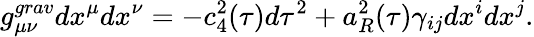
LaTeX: g_{\mu\nu}^{grav}dx^{\mu}dx^{\nu}=-c_{4}^{2}(\tau)d\tau^{2}+a_{R}^{2}(\tau)\gamma_{ij}dx^{i}dx^{j}.